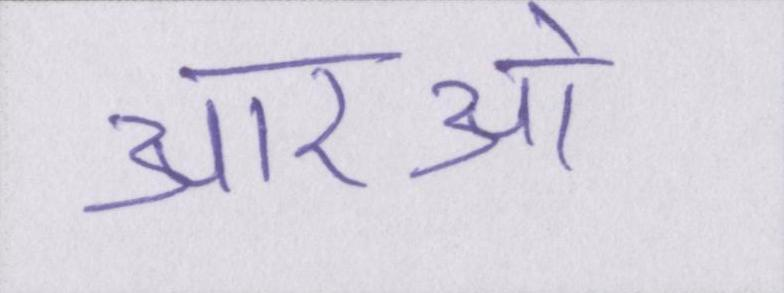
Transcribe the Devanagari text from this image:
आरओ